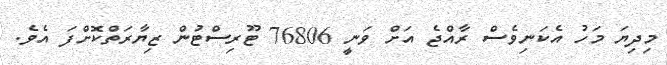
މިދިޔަ މަހު އެކަނިވެސް ރާއްޖެ އަށް ވަނީ 76806 ޓޫރިސްޓުން ޒިޔާރަތްކޮށްފަ އެވެ.